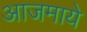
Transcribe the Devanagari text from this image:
आजमाये